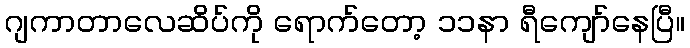
ဂျကာတာလေဆိပ်ကို ရောက်တော့ ၁၁နာ ရီကျော်နေပြီ။